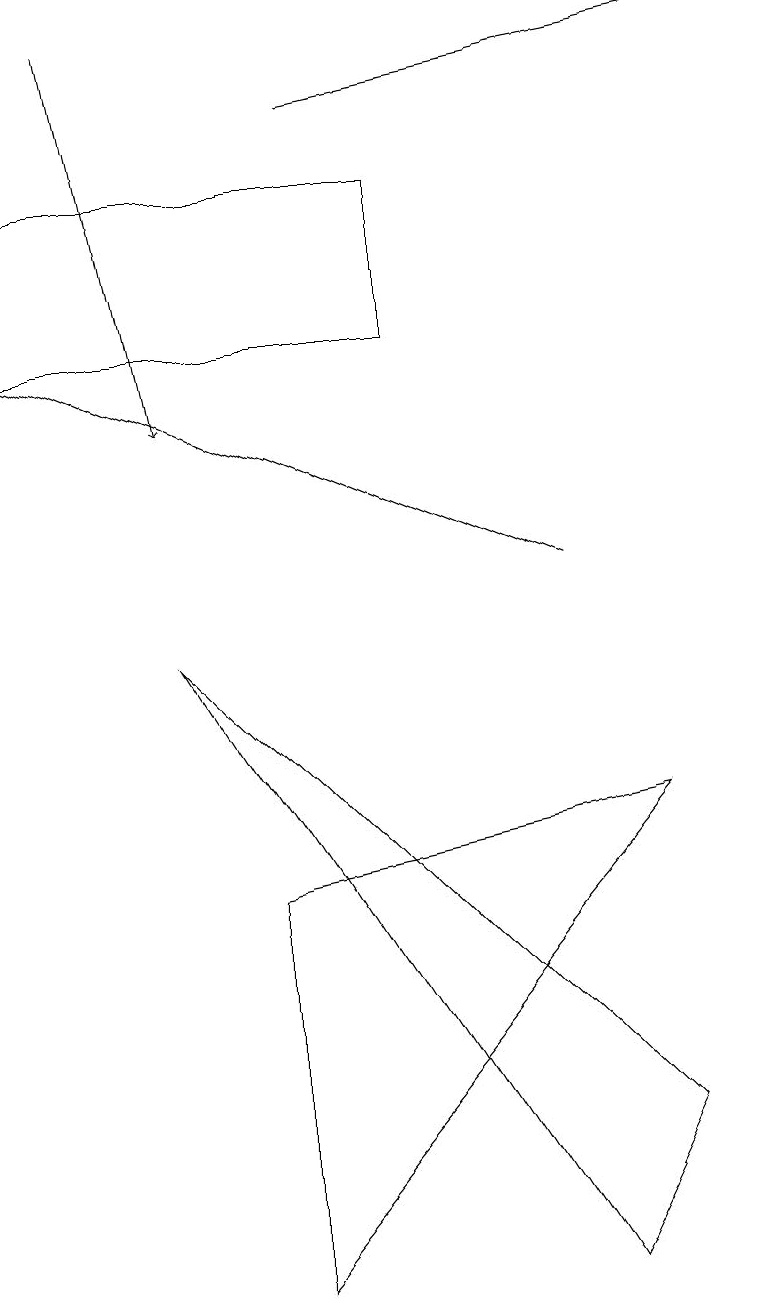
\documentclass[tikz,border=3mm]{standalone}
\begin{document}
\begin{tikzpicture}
\draw (0,13) rectangle (5,15);
\draw (2,9) -- (7,1) -- (8,3) -- cycle;
\draw (3,6) -- (8,7) -- (3,1) -- cycle;
\draw[->] (1,17) -- (2,12);
\draw[->] (7,10) -- (0,13);
\draw[->] (4,16) -- (9,17);
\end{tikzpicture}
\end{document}